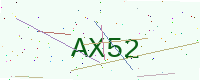
Text: AX52